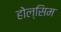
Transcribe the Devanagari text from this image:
होल्सिम